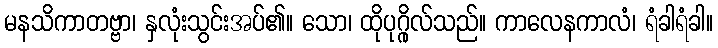
မနသိကာတဗ္ဗာ၊ နှလုံးသွင်းအပ်၏။ သော၊ ထိုပုဂ္ဂိုလ်သည်။ ကာလေနကာလံ၊ ရံခါရံခါ။